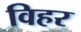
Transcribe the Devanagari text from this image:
विहर